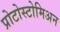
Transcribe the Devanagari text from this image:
प्रोटोस्टोमिअन